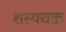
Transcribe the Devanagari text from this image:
शस्यचक्र